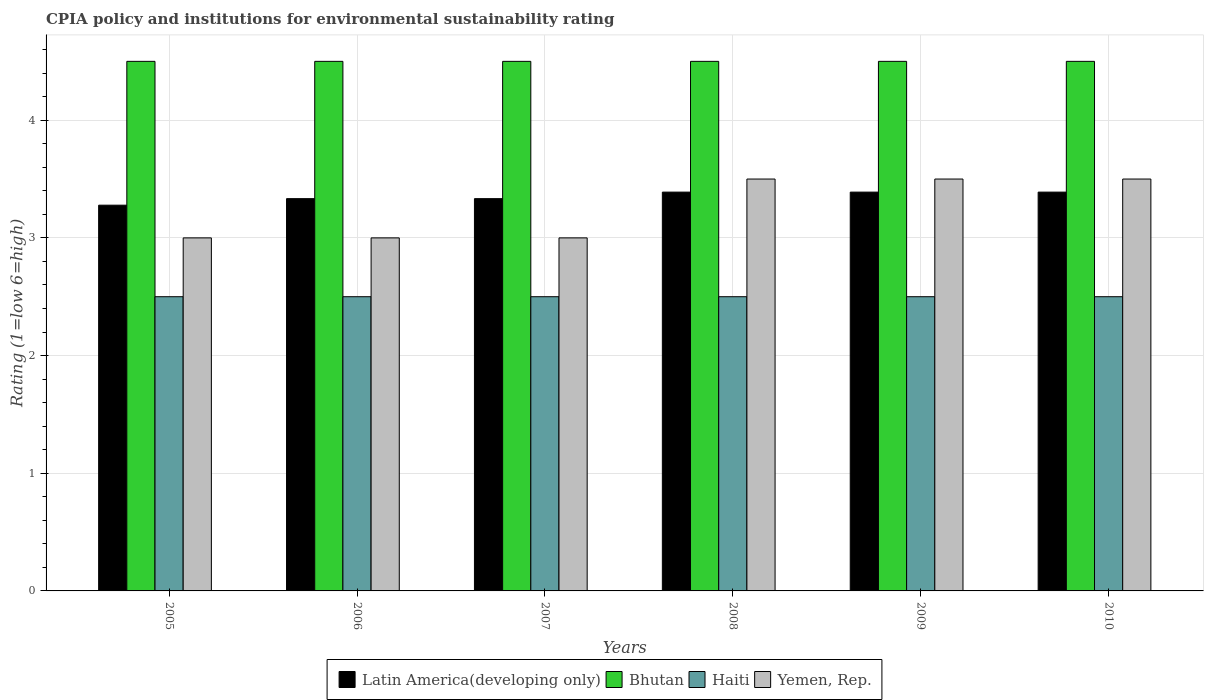
| Years | Latin America(developing only) | Bhutan | Haiti | Yemen, Rep. |
 | --- | --- | --- | --- | --- |
 | 2005 | 3.28 | 4.5 | 2.5 | 3 |
 | 2006 | 3.33 | 4.5 | 2.5 | 3 |
 | 2007 | 3.33 | 4.5 | 2.5 | 3 |
 | 2008 | 3.39 | 4.5 | 2.5 | 3.5 |
 | 2009 | 3.39 | 4.5 | 2.5 | 3.5 |
 | 2010 | 3.39 | 4.5 | 2.5 | 3.5 |